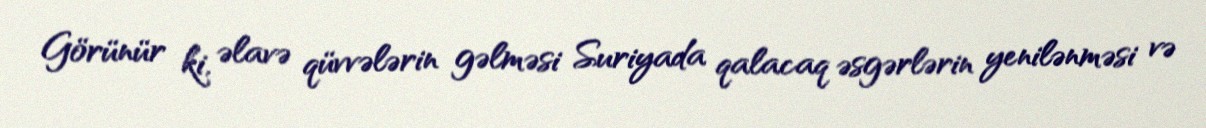
Görünür ki, əlavə qüvvələrin gəlməsi Suriyada qalacaq əsgərlərin yenilənməsi və